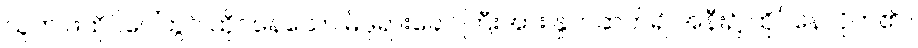
သူက ဖထိုင်ပေါ်တွင် ထိုင်နေသော မိဖုရားခေါင်ကြီးအား နှုတ်ဆက်၍ အနီး၌ ထိုင်နေလိုက်၏ ။